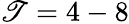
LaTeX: \mathscr{T}=4-8